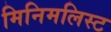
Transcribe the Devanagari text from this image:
मिनिमलिस्ट